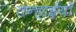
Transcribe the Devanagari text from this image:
तन्हाईयाँ